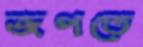
জপতে